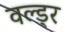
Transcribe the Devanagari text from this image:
वल्ड्र